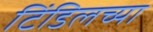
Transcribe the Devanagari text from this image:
टिंडिलच्या